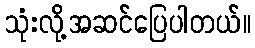
သုံးလို့အဆင်ပြေပါတယ်။